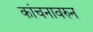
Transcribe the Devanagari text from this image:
कांचनावरुन